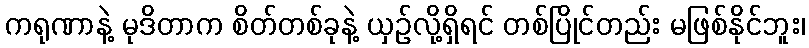
ကရုဏာနဲ့ မုဒိတာက စိတ်တစ်ခုနဲ့ ယှဉ်လို့ရှိရင် တစ်ပြိုင်တည်း မဖြစ်နိုင်ဘူး၊